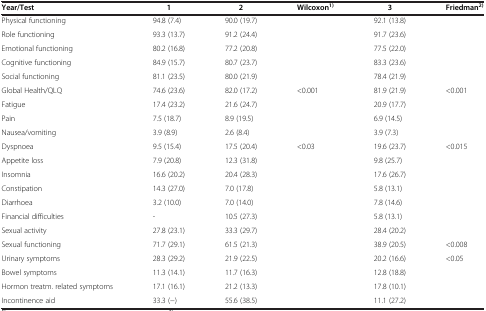
<table><thead><tr><td><b>Year/Test</b></td><td><b>1</b></td><td><b>2</b></td><td><b>Wilcoxon<sup>1)</sup></b></td><td><b>3</b></td><td><b>Friedman<sup>2)</sup></b></td></tr></thead><tbody><tr><td>Physical functioning</td><td>94.8 (7.4)</td><td>90.0 (19.7)</td><td> </td><td>92.1 (13.8)</td><td> </td></tr><tr><td>Role functioning</td><td>93.3 (13.7)</td><td>91.2 (24.4)</td><td> </td><td>91.7 (23.6)</td><td> </td></tr><tr><td>Emotional functioning</td><td>80.2 (16.8)</td><td>77.2 (20.8)</td><td> </td><td>77.5 (22.0)</td><td> </td></tr><tr><td>Cognitive functioning</td><td>84.9 (15.7)</td><td>80.7 (23.7)</td><td> </td><td>83.3 (23.6)</td><td> </td></tr><tr><td>Social functioning</td><td>81.1 (23.5)</td><td>80.0 (21.9)</td><td> </td><td>78.4 (21.9)</td><td> </td></tr><tr><td>Global Health/QLQ</td><td>74.6 (23.6)</td><td>82.0 (17.2)</td><td>&lt;0.001</td><td>81.9 (21.9)</td><td>&lt;0.001</td></tr><tr><td>Fatigue</td><td>17.4 (23.2)</td><td>21.6 (24.7)</td><td> </td><td>20.9 (17.7)</td><td> </td></tr><tr><td>Pain</td><td>7.5 (18.7)</td><td>8.9 (19.5)</td><td> </td><td>6.9 (14.5)</td><td> </td></tr><tr><td>Nausea/vomiting</td><td>3.9 (8.9)</td><td>2.6 (8.4)</td><td> </td><td>3.9 (7.3)</td><td> </td></tr><tr><td>Dyspnoea</td><td>9.5 (15.4)</td><td>17.5 (20.4)</td><td>&lt;0.03</td><td>19.6 (23.7)</td><td>&lt;0.015</td></tr><tr><td>Appetite loss</td><td>7.9 (20.8)</td><td>12.3 (31.8)</td><td> </td><td>9.8 (25.7)</td><td> </td></tr><tr><td>Insomnia</td><td>16.6 (20.2)</td><td>20.4 (28.3)</td><td> </td><td>17.6 (26.7)</td><td> </td></tr><tr><td>Constipation</td><td>14.3 (27.0)</td><td>7.0 (17.8)</td><td> </td><td>5.8 (13.1)</td><td> </td></tr><tr><td>Diarrhoea</td><td>3.2 (10.0)</td><td>7.0 (14.0)</td><td> </td><td>7.8 (14.6)</td><td> </td></tr><tr><td>Financial difficulties</td><td>-</td><td>10.5 (27.3)</td><td> </td><td>5.8 (13.1)</td><td> </td></tr><tr><td>Sexual activity</td><td>27.8 (23.1)</td><td>33.3 (29.7)</td><td> </td><td>28.4 (20.2)</td><td> </td></tr><tr><td>Sexual functioning</td><td>71.7 (29.1)</td><td>61.5 (21.3)</td><td> </td><td>38.9 (20.5)</td><td>&lt;0.008</td></tr><tr><td>Urinary symptoms</td><td>28.3 (29.2)</td><td>21.9 (22.5)</td><td> </td><td>20.2 (16.6)</td><td>&lt;0.05</td></tr><tr><td>Bowel symptoms</td><td>11.3 (14.1)</td><td>11.7 (16.3)</td><td> </td><td>12.8 (18.8)</td><td> </td></tr><tr><td>Hormon treatm. related symptoms</td><td>17.1 (16.1)</td><td>21.2 (13.3)</td><td> </td><td>17.8 (10.1)</td><td> </td></tr><tr><td>Incontinence aid</td><td>33.3 (−)</td><td>55.6 (38.5)</td><td> </td><td>11.1 (27.2)</td><td> </td></tr></tbody></table>